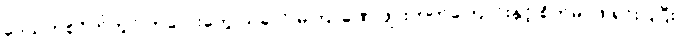
ဒေသတစ်ဝိုက်တွင် ကလေးတွေ ယခုလို မကြာခဏ ဖျားတတ်ကြောင်းနှင့် စိတ်မပူဖို ရှင်းပြပြီး